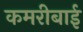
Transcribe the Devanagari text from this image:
कमरीबाई